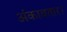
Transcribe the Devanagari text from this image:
अंकावतार।